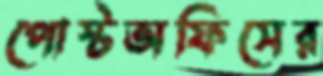
পোস্টঅফিসের